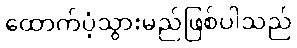
ထောက်ပံ့သွားမည်ဖြစ်ပါသည်